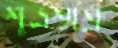
শুভ্রশ্মশ্রু